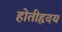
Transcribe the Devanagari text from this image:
होतीहृदय